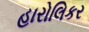
હારોલિકર